Indian journal of veterinary science and animal husbandry - Volume 12,
Year: 1942
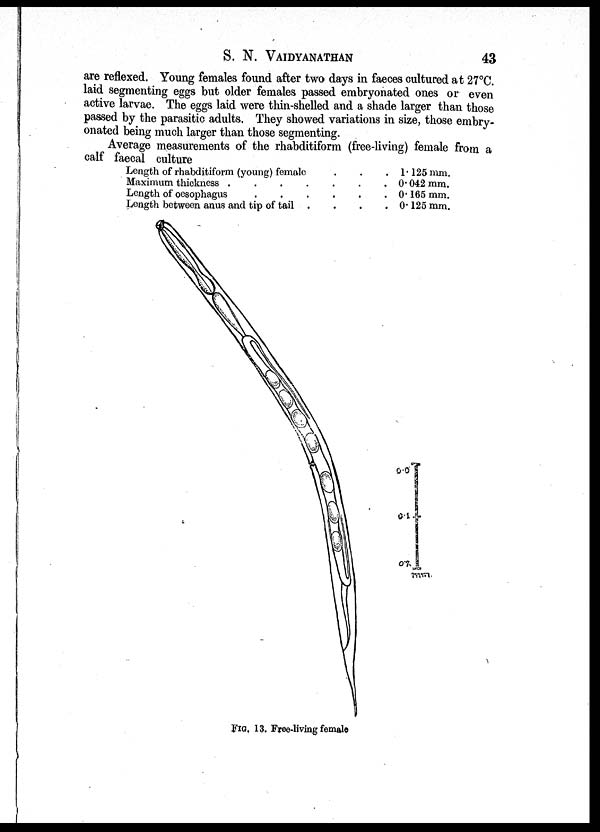
S. N. VAIDYANATHAN 43
are reflexed. Young females found after two days in faeces cultured at 27°C.
laid segmenting eggs but older females passed embryonated ones or even
active larvae. The eggs laid were thin-shelled and a shade larger than those
passed by the parasitic adults. They showed variations in size, those embry-
onated being much larger than those segmenting.
Average measurements of the rhabditiform (free-living) female from a
calf faecal culture
Length of rhabditiform (young) female . . .
Maximum thickness
Length of oesophagus
......
Length between anus and tip of tail
....
1.125 mm.
0.042 mm.
0.165 mm.
0.125 mm.
FIG. 13. Free-living female